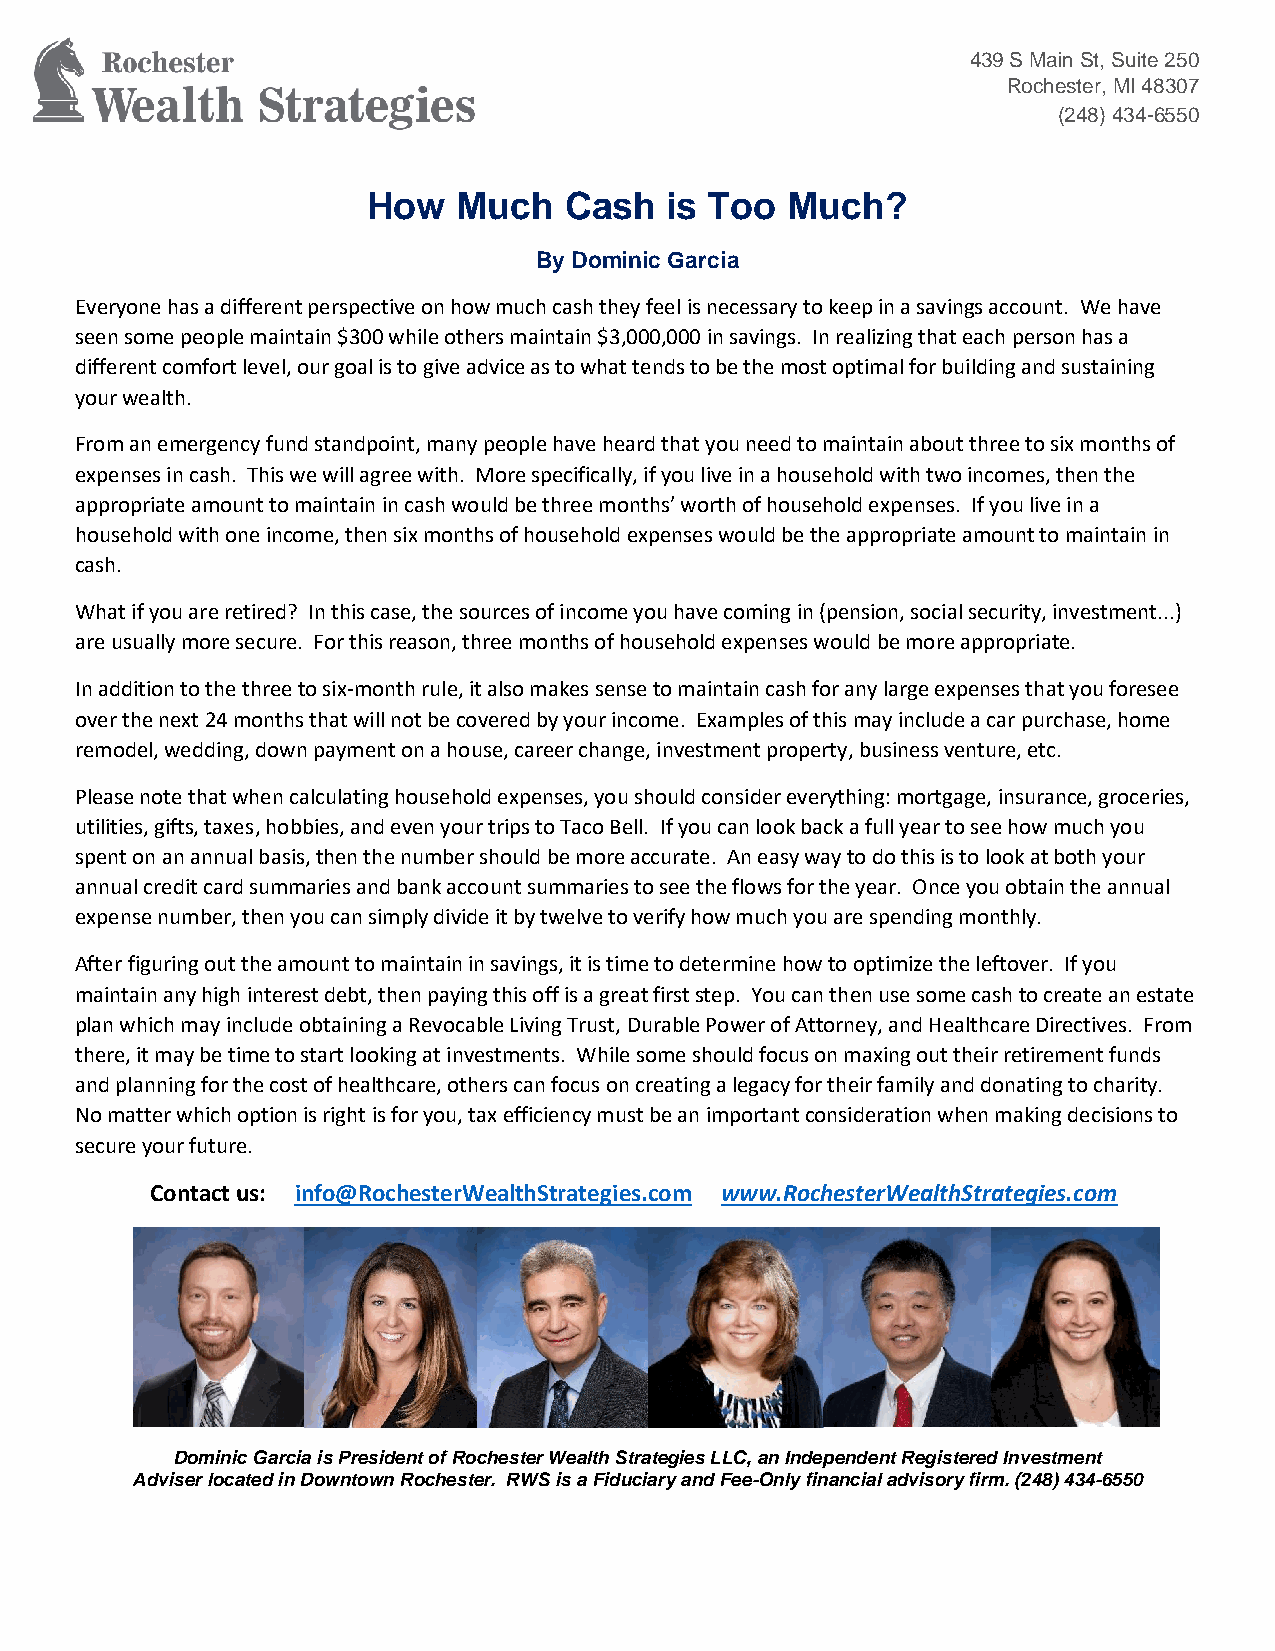
439 S Main St, Suite 250
 Rochester, MI 48307
 (248) 434-6550
 How   Much   Cash   is Too  Much?
 By Dominic Garcia
 Everyone has a different perspective on how much cash they feel is necessary to keep in a savings account. We have
 seen some people maintain $300 while others maintain $3,000,000 in savings. In realizing that each person has a
 different comfort level, our goal is to give advice as to what tends to be the most optimal for building and sustaining
 your wealth.
 From an emergency fund standpoint, many people have heard that you need to maintain about three to six months of
 expenses in cash. This we will agree with. More specifically, if you live in a household with two incomes, then the
 appropriate amount to maintain in cash would be three months’ worth of household expenses. If you live in a
 household with one income, then six months of household expenses would be the appropriate amount to maintain in
 cash.
 What if you are retired? In this case, the sources of income you have coming in (pension, social security, investment...)
 are usually more secure. For this reason, three months of household expenses would be more appropriate.
 In addition to the three to six-month rule, it also makes sense to maintain cash for any large expenses that you foresee
 over the next 24 months that will not be covered by your income. Examples of this may include a car purchase, home
 remodel, wedding, down payment on a house, career change, investment property, business venture, etc.
 Please note that when calculating household expenses, you should consider everything: mortgage, insurance, groceries,
 utilities, gifts, taxes, hobbies, and even your trips to Taco Bell. If you can look back a full year to see how much you
 spent on an annual basis, then the number should be more accurate. An easy way to do this is to look at both your
 annual credit card summaries and bank account summaries to see the flows for the year. Once you obtain the annual
 expense number, then you can simply divide it by twelve to verify how much you are spending monthly.
 After figuring out the amount to maintain in savings, it is time to determine how to optimize the leftover. If you
 maintain any high interest debt, then paying this off is a great first step. You can then use some cash to create an estate
 plan which may include obtaining a Revocable Living Trust, Durable Power of Attorney, and Healthcare Directives. From
 there, it may be time to start looking at investments. While some should focus on maxing out their retirement funds
 and planning for the cost of healthcare, others can focus on creating a legacy for their family and donating to charity.
 No matter which option is right is for you, tax efficiency must be an important consideration when making decisions to
 secure your future.
 Contact us: info@RochesterWealthStrategies.com www.RochesterWealthStrategies.com
 Dominic Garcia is President of Rochester Wealth Strategies LLC, an Independent Registered Investment
 Adviser located in Downtown Rochester. RWS is a Fiduciary and Fee-Only financial advisory firm. (248) 434-6550